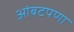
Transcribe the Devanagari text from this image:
आंबटपणा